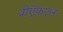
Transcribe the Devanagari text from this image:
वीऍफ़एल